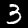
Digit: 3